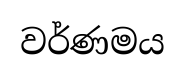
වර්ණමය